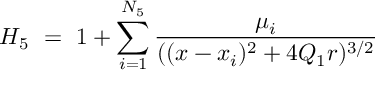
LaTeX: H _ { 5 } \ = \ 1 + \sum _ { i = 1 } ^ { N _ { 5 } } \frac { \mu _ { i } } { ( ( x - x _ { i } ) ^ { 2 } + 4 Q _ { 1 } r ) ^ { 3 / 2 } }